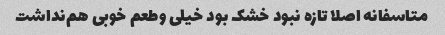
متاسفانه اصلا تازه نبود خشک بود خیلی و‌طعم خوبی هم‌نداشت